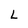
Character: L